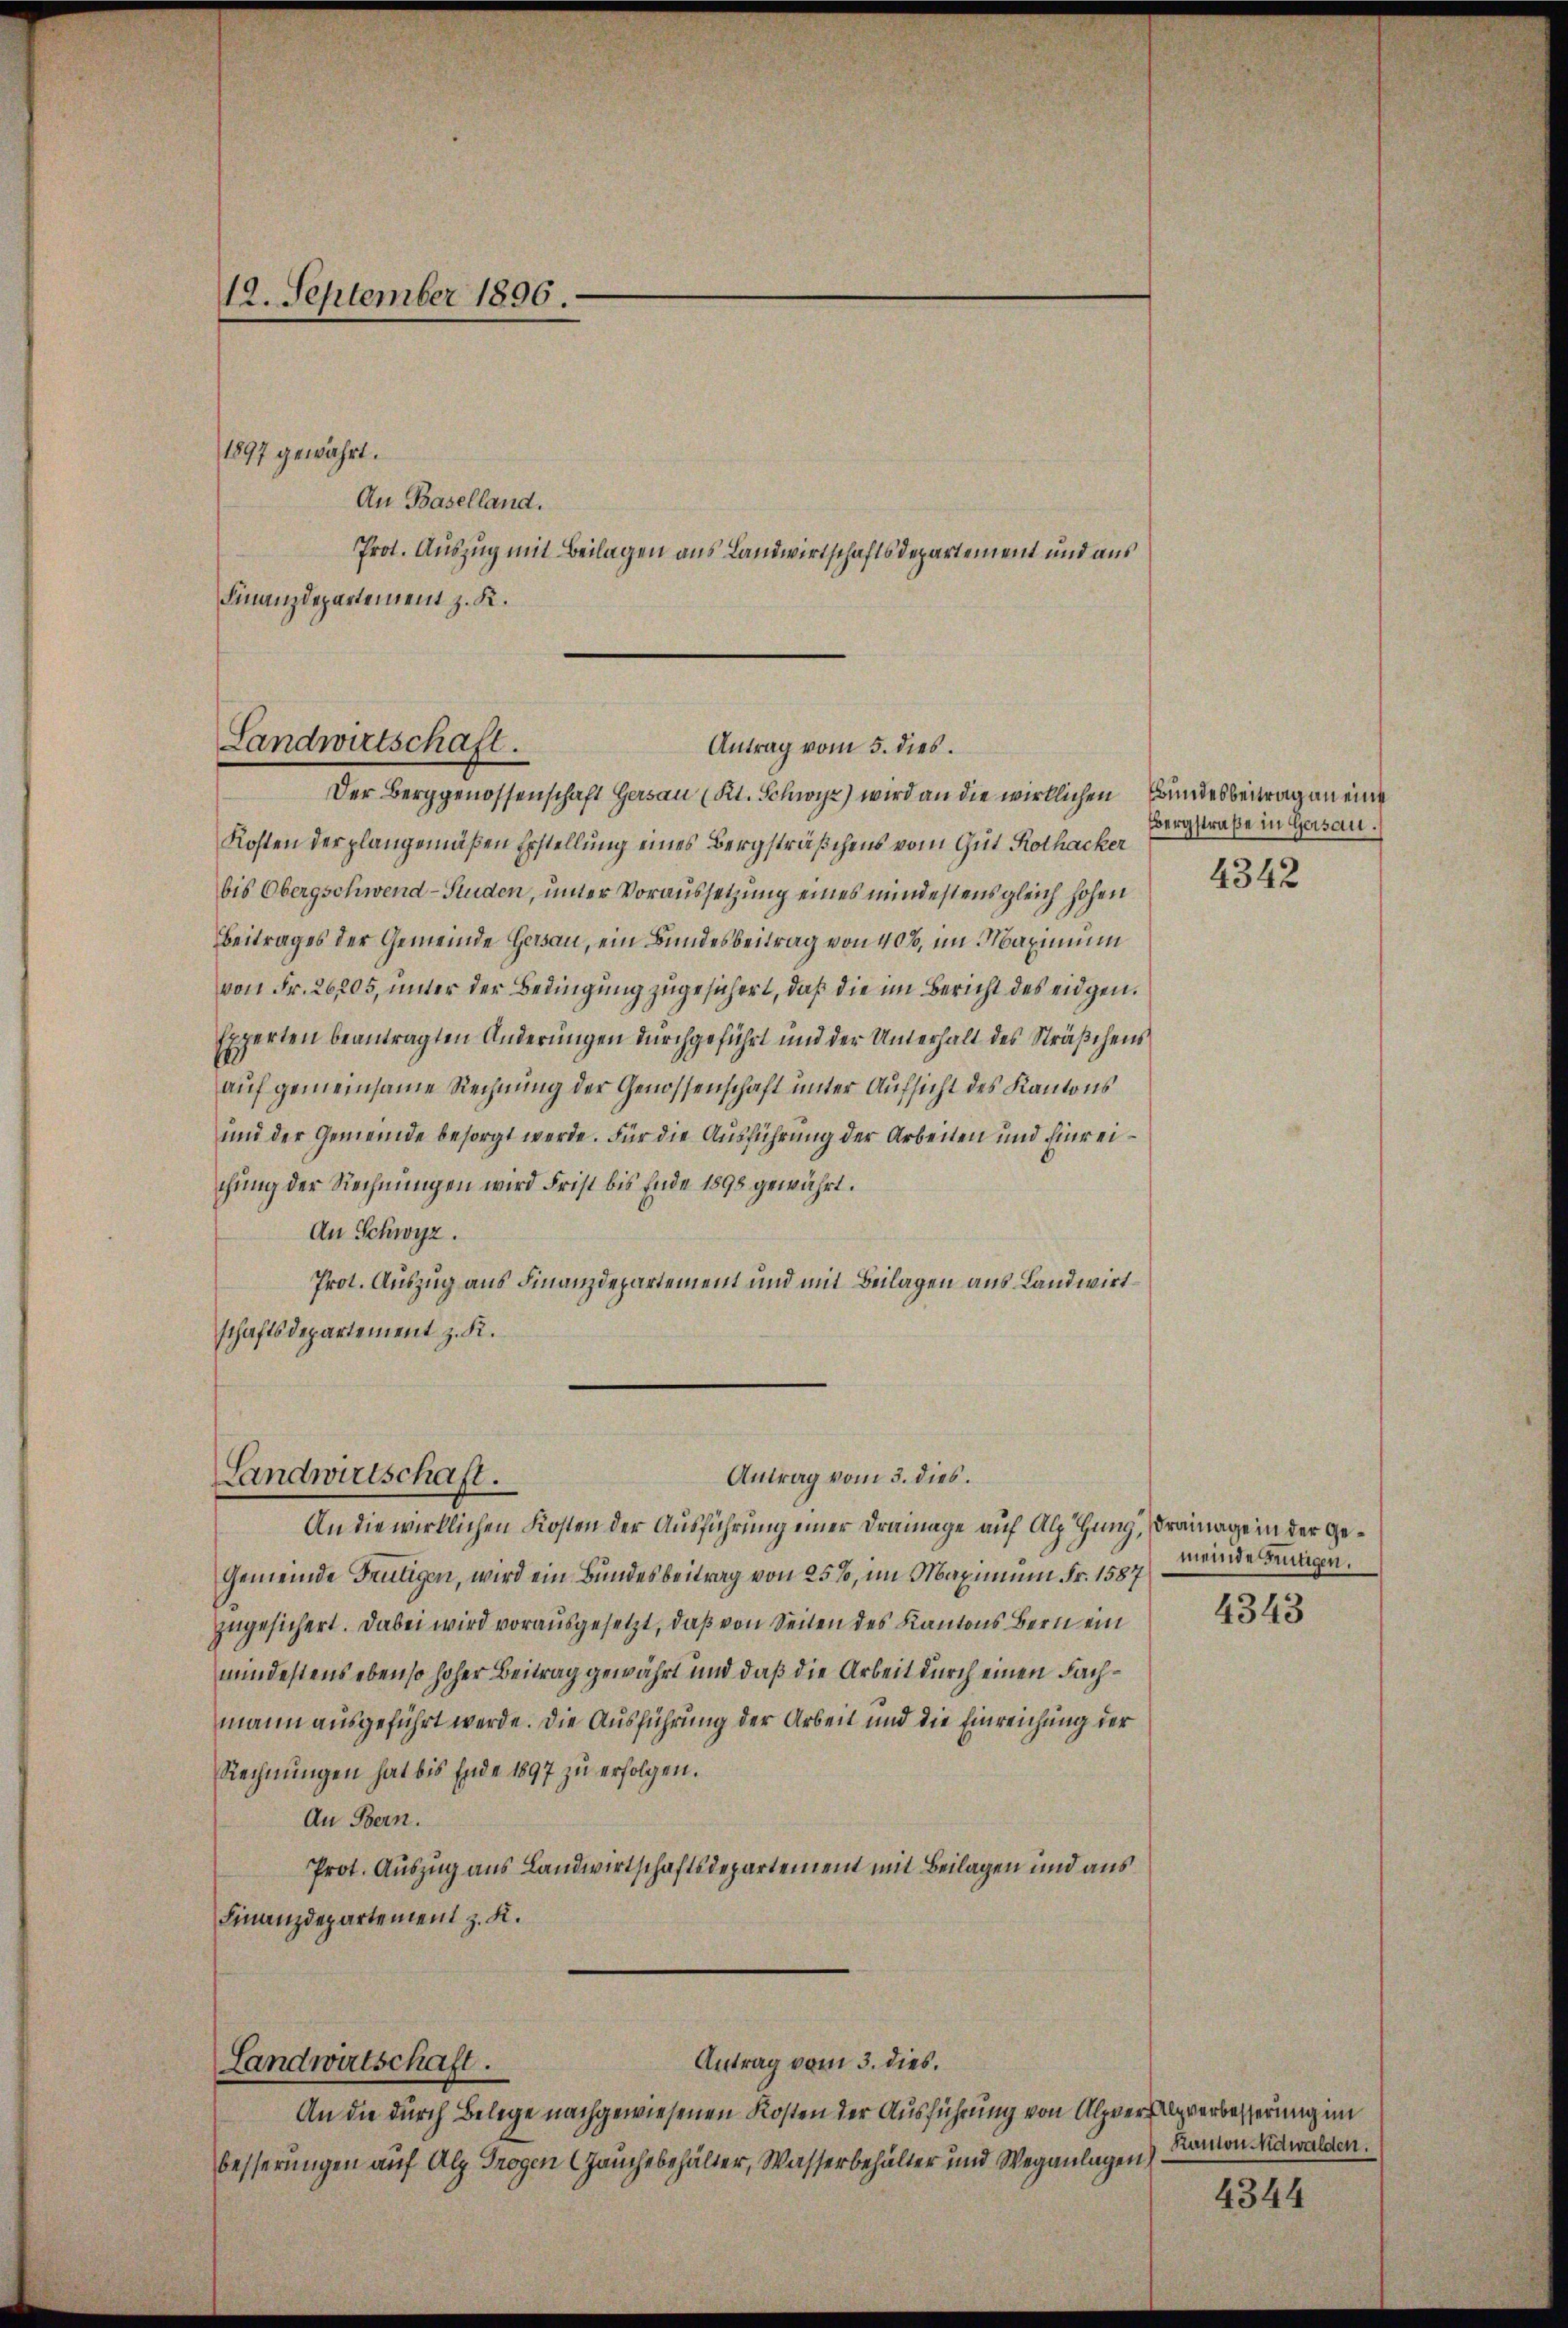
Der Berggenossenschaft Gersau (Kt. Schwyz) wird an die wirklichen Bundesbeitrag an eine
Kosten der plangemäßen Erstellung eines Bergsträßchens vom Gut Rothacker
bis Obergschwend-Studen, unter Voraussetzung eines mindestens gleich hohen
Beitrages der Gemeinde Gersau, ein Bundesbeitrag von 40%, im Maximum
von Fr. 26205, unter der Bedingung zugesichert, daß die im Bericht des eidgen.
Experten beantragten Änderungen durchgeführt und der Unterhalt des Sträßchens
auf gemeinsame Rechnung der Genossenschaft unter Aufsicht des Kantons
und der Gemeinde besorgt werde. Für die Ausführung der Arbeiten und hinreichung der Rechnungen wird Frist bis Ende 1898 gewährt.
An Schwyz.
Prot. Auszug aus Finanzdepartement und mit Beilagen aus Landwirtschaftsdepartement z. K.

12. September 1896.

An Baselland.
Prot. Auszug mit Beilagen aus Landwirtschaftsdepartement und aus
Finanzdepartement z. K.

1897 gewährt.

Landwirtschaft.
Antrag vom 5. dies.

Antrag vom 3. dies
Landwirtschaft.

An die wirklichen Kosten der Ausführung einer Drainage auf Alp hung, drainage in der Ge¬
Gemeinde Frutigen, wird ein Bundesbeitrag von 25%, im Maximum Fr. 1587
zugesichert. Dabei wird vorausgesetzt, daß von Seiten des Kantons Bern ein
mindestens ebenso hoher Beitrag gewährt und daß die Arbeit durch einen Fachmann ausgeführt werde. Die Ausführung der Arbeit und die Einreichung der
Rechnungen hat bis Ende 1897 zu erfolgen.
An Bern.
Prot. Auszug aus Landwirtschaftsdepartement mit Beilagen und aus
Finanzdepartement z. K.

Antrag vom 3. dies.
Landwirtschaft.

An die durch Belege nachgewiesenen Kosten der Ausführung von Alpververbesserung im
besserungen auf Alp Trogen auchebehälter, Wasserbehalter und Weganlagen

Bergstraße in Gersau.
4342

meinde Frutigen.

4343

Kanton Nidwalden.

4344